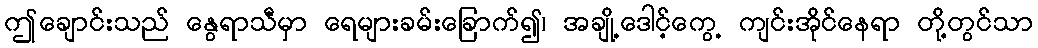
ဤချောင်းသည် နွေရာသီမှာ ရေများခမ်းခြောက်၍၊ အချို့ဒေါင့်ကွေ့ ကျင်းအိုင်နေရာ တို့တွင်သာ